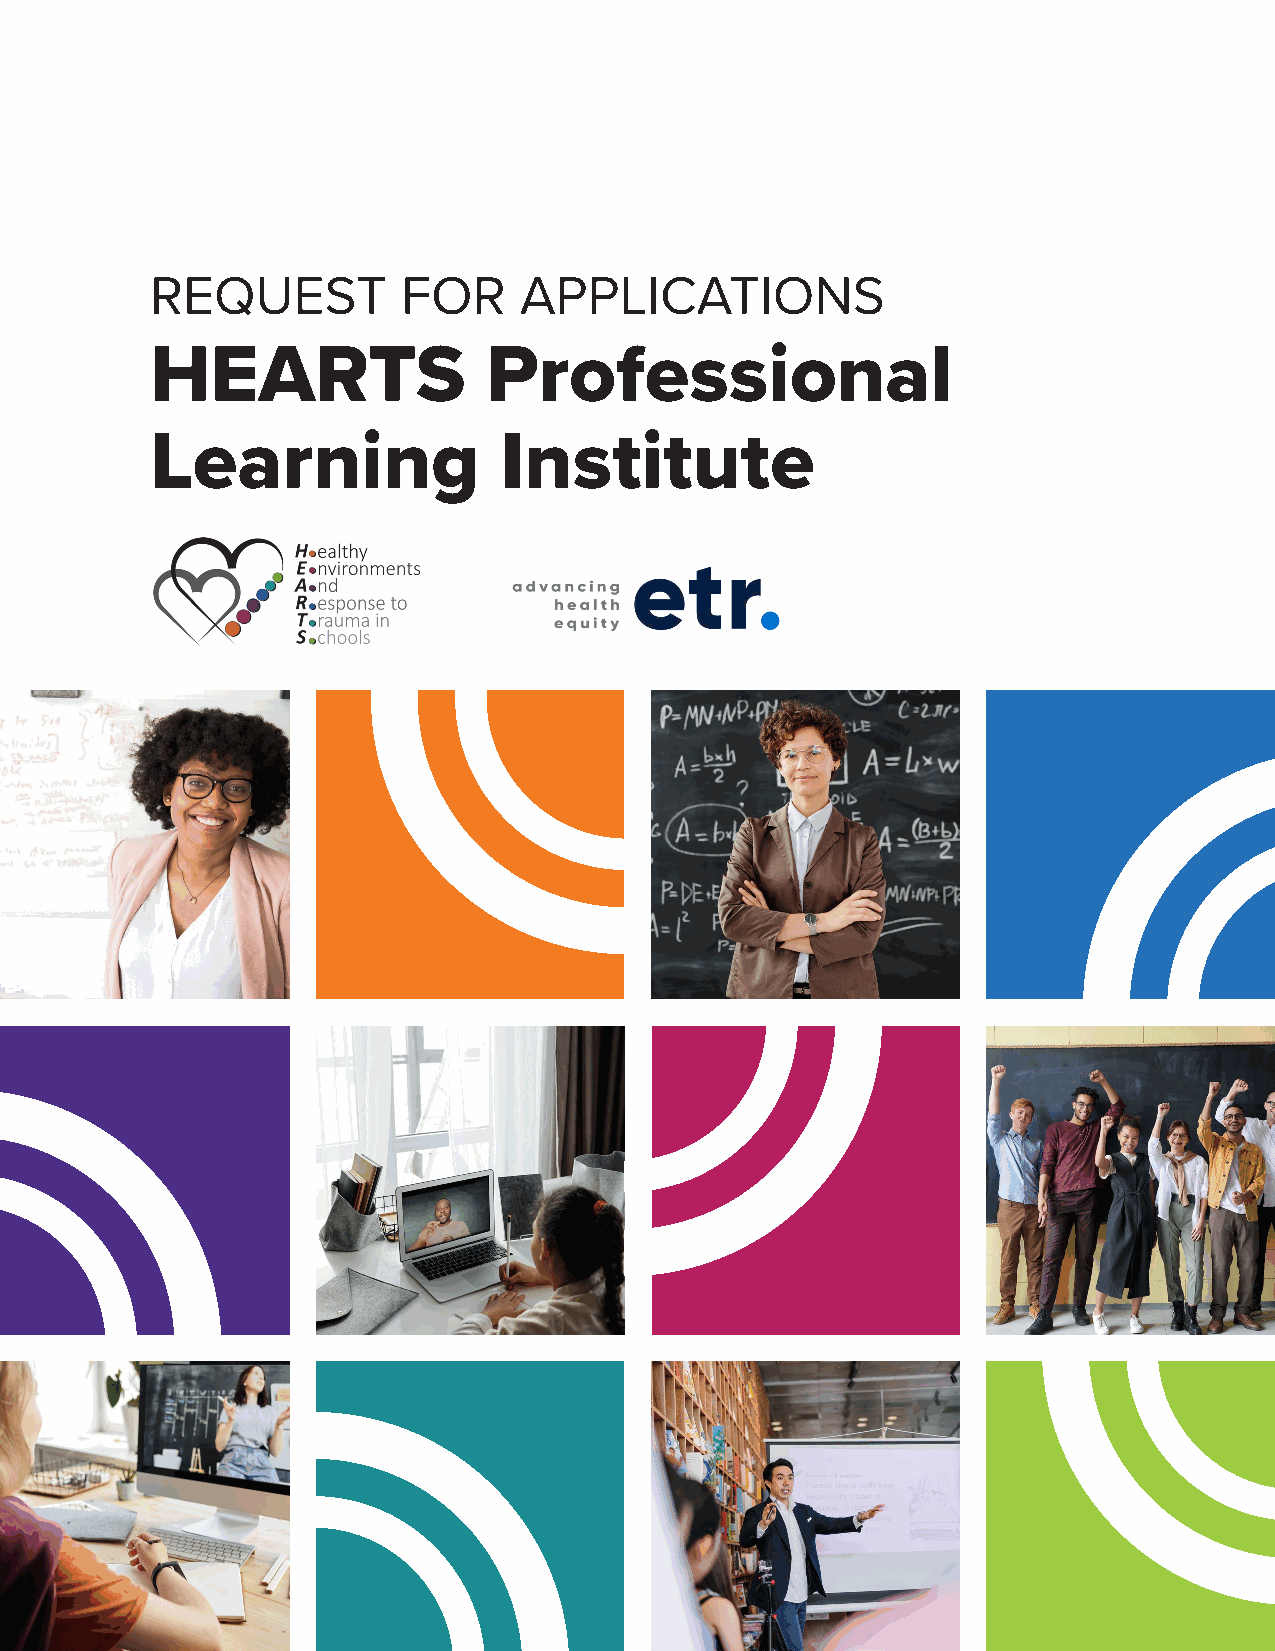
REQUEST          FOR    APPLICATIONS
 HEARTS                Professional
 Learning               Institute